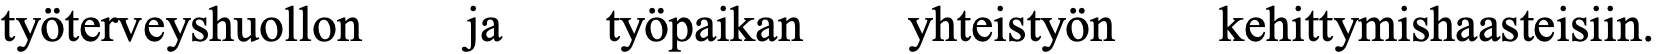
työterveyshuollon ja työpaikan yhteistyön kehittymishaasteisiin.